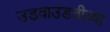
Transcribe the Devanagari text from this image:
उडवाउडवीच्या